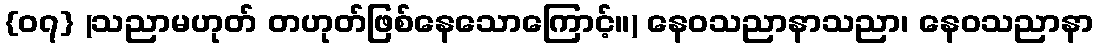
{၀၇} (သညာမဟုတ် တဟုတ်ဖြစ်နေသောကြောင့်။) နေဝသညာနာသညာ၊ နေဝသညာနာ